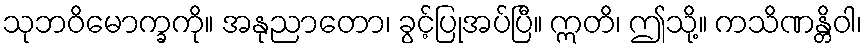
သုဘဝိမောက္ခကို။ အနုညာတော၊ ခွင့်ပြုအပ်ပြီ။ ဣတိ၊ ဤသို့။ ကသိဏန္တိဝါ၊